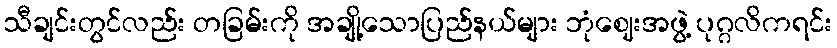
သီချင်းတွင်လည်း တခြမ်းကို အချို့သောပြည်နယ်များ ဘုံဈေးအဖွဲ့ ပုဂ္ဂလိကရင်း